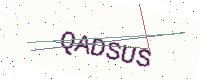
Text: QADSUS